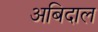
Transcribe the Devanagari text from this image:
अबिदाल